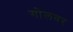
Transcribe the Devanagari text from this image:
गोलवर